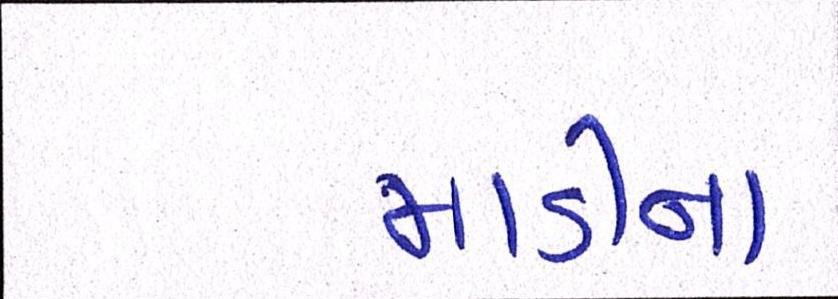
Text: માડીના